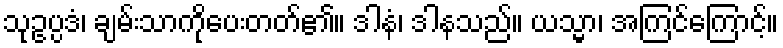
သုဥပ္ပဒံ၊ ချမ်းသာကိုပေးတတ်၏။ ဒါနံ၊ ဒါနသည်။ ယသ္မာ၊ အကြင်ကြောင့်။